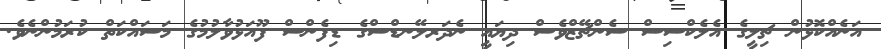
އަނެއްކޮޅުން ޗިލީގެ އެލެކްސިސް ސެންޗޭޒްވެސް ދިޔައީ ނެދަރލޭނޑްސްގެ ޑިފެންސް ފޫއަޅުވާލުމުގެ މަސައްކަތް ކުރަމުންނެވެ.